system: You are a helpful assistant.
user:
Analyze the provided spectrum to determine if it is a **S-type Star**.

- **Key Indicators for S-type Star:**

    - **(Overall Spectrum Shape):** The first and most obvious characteristic is the overall continuum (the "baseline" shape). It is **extremely "red-sloping,"** meaning the flux (light intensity) is very low on the left side (blue, ~4000-4500 Å) and rises steeply and continuously toward the right side (red, ~7000 Å+).

    - **(Primary):** The spectrum is defined by the presence of strong, broad molecular absorption "valleys" (bands) from **Zirconium Oxide (ZrO)**. The identification of these bands is the **primary requirement** for classifying a star as S-type.
        - **(Key Bandheads):** You must find distinct, deep "dips" where the light has been absorbed. The most critical band systems to locate are:
            - **~6474 Å** ($\gamma$-system): This is often the strongest and clearest ZrO feature, found in the red part of the spectrum.
            - **~5718 Å** & **~5551 Å** ($\beta$-system): A pair of prominent absorption features in the yellow-orange part of the spectrum.
            - **~4640 Å** ($\alpha$-system): A key absorption band system in the blue-green region of the spectrum.

    - **(Secondary Confirmation):** The classification is strengthened by finding additional absorption bands from other related heavy element oxides, which are expected to be present alongside ZrO.
        - **(Key Bandheads):**
            - **Yttrium Oxide (YO):** Look for absorption dips near **~4800 Å** and **~6100 Å**.
            - **Lanthanum Oxide (LaO):** Additional absorption features, particularly in the red-orange part of the spectrum, are also characteristic.

    - **(Line Profile):** The combination of the steep red continuum and these numerous, deep molecular bands (ZrO, YO, etc.) gives the entire spectrum a very **"chopped-up"** or **"bumpy"** appearance. Instead of a smooth curve, the spectrum looks as though large, wide chunks of light have been "carved out" of it at the specific wavelengths listed above.

Think first, call **spectral_visualization_tool** if needed to examine features in detail, then provide your final answer. Your response must adhere to the following strict rules:
1.  **Overall Structure:** Your response must follow the format `<think>...</think> <tool_call>...</tool_call> (if a tool is used) <answer>...</answer>`.
2.  **Tool Usage Constraint:** You may only make **one** tool call per turn.
3.  **Final Answer Format:** In the `<answer>` tag, your conclusion must be inside a `\boxed{}` command (e.g., `\boxed{YES}` or `\boxed{NO}`), followed by your justification.

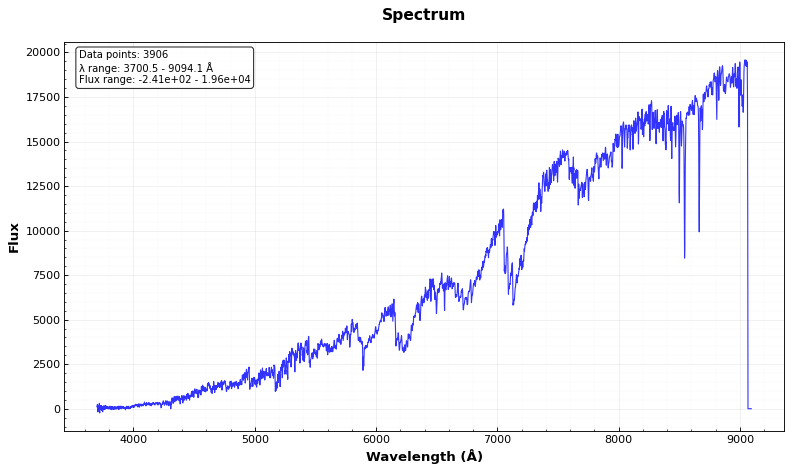
Answer: YES